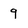
Character: 9